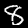
Label: 8